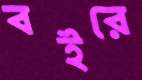
বইরে